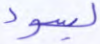
بسوء